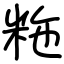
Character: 粚